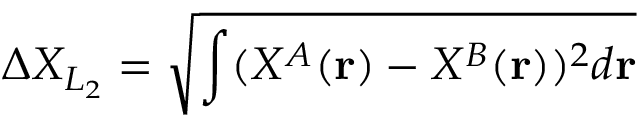
\Delta X _ { L _ { 2 } } = \sqrt { \int ( X ^ { A } ( \mathbf { r } ) - X ^ { B } ( \mathbf { r } ) ) ^ { 2 } d \mathbf { r } }